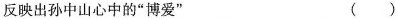
反映出孙中山心中的“博爱” （）